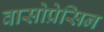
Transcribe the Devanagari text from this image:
वासोप्रेसिन